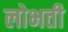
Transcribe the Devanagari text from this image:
लोभती